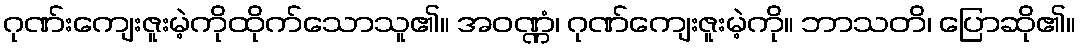
ဂုဏ်းကျေးဇူးမဲ့ကိုထိုက်သောသူ၏။ အဝဏ္ဏံ၊ ဂုဏ်ကျေးဇူးမဲ့ကို။ ဘာသတိ၊ ပြောဆို၏။